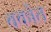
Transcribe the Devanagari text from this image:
वकोत